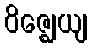
ဝိဇ္ဈေယျ